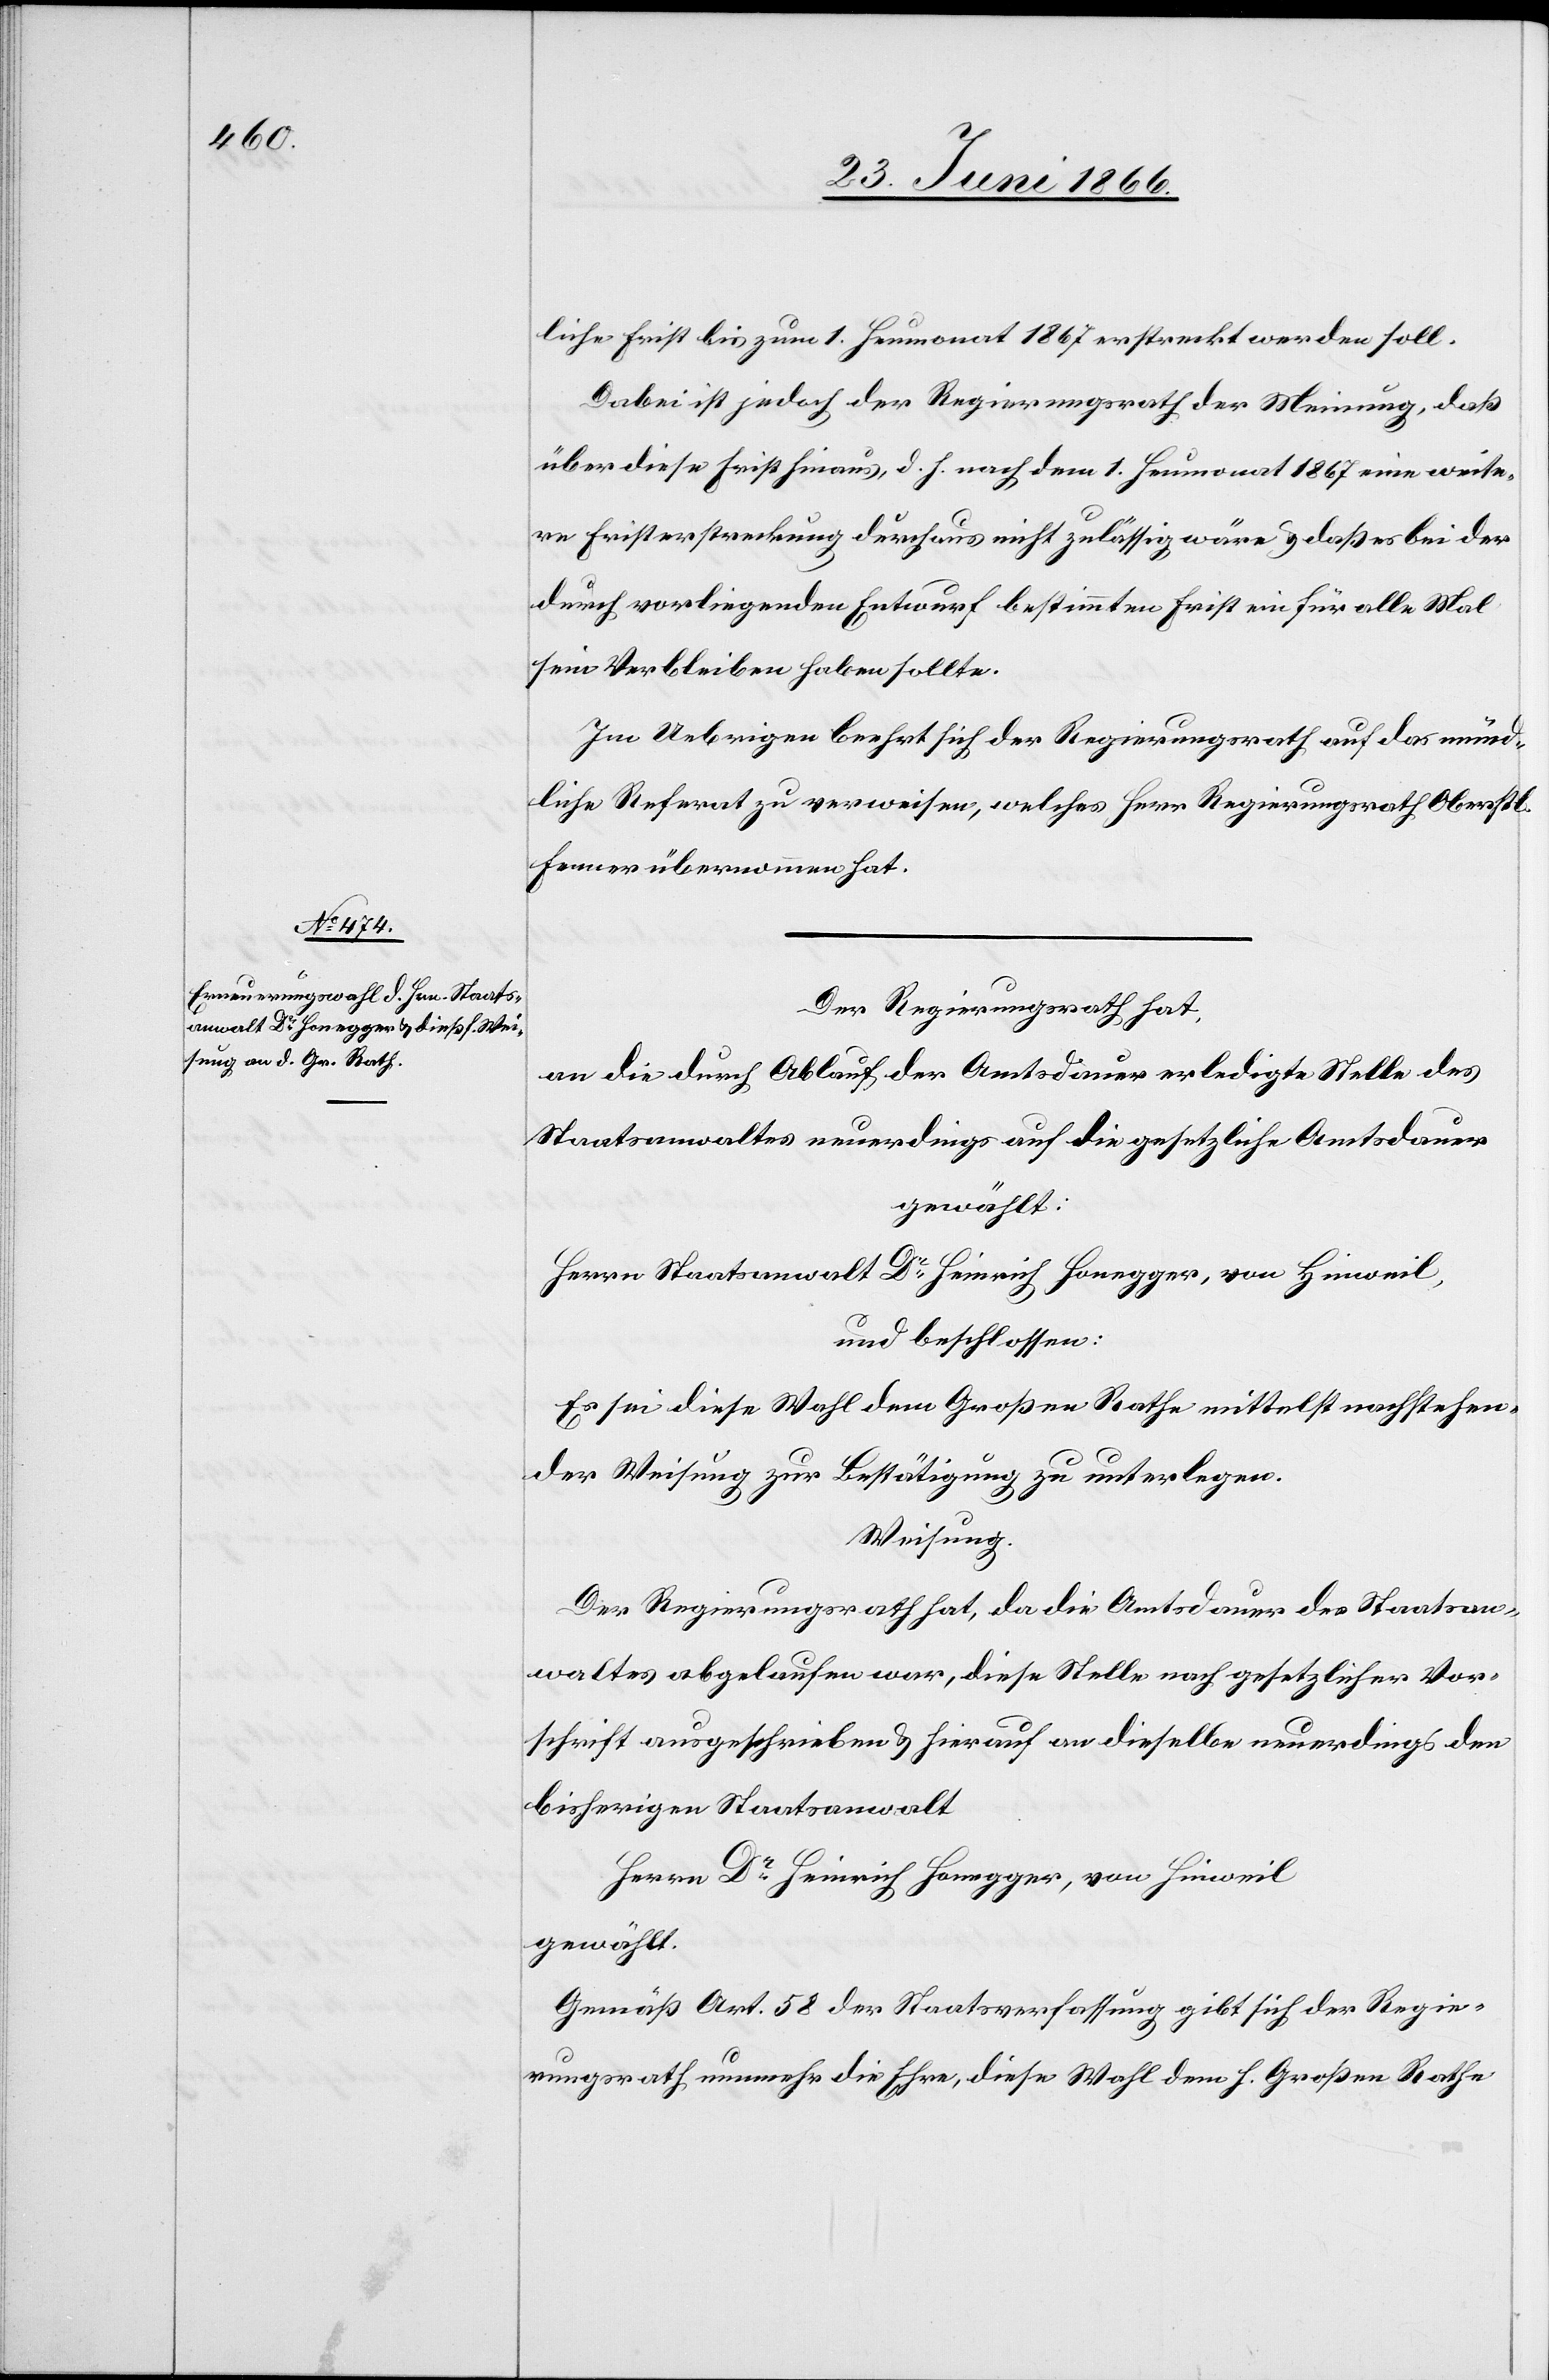
liche Frist bis zum 1. Heumonat 1867 erstreckt werden soll.
Dabei ist jedoch der Regierungsrath der Meinung, daß
über diese Frist hinaus, d. h. nach dem 1. Heumonat 1867 eine weite¬
re Fristerstreckung durchaus nicht zulässig wäre u. daß es bei der
durch vorliegenden Entwurf bestimmten Frist ein für alle Mal
sein Verbleiben haben sollte.
Im Uebrigen beehrt sich der Regierungsrath auf das münd¬
liche Referat zu verweisen, welches Herr Regierungsrath Oberstl.
Fenner übernommen hat.
Der Regierungsrath hat,
an die durch Ablauf der Amtsdauer erledigte Stelle des
Staatsanwaltes neuerdings auf die gesetzliche Amtsdauer
gewählt;
Herrn Staatsanwalt Dr. Heinrich Honegger, von Hinweil,
und beschlossen:
Es sei diese Wahl dem Großen Rathe mittelst nachstehen¬
der Weisung zur Bestätigung zu unterlegen.
Weisung.
Der Regierungsrath hat, da die Amtsdauer des Staatsan¬
waltes abgelaufen ist, diese Stelle nach gesetzlicher Vor¬
schrift ausgeschrieben u. hierauf an dieselbe neuerdings den
bisherigen Staatsanwalt
Herrn Dr. Heinrich Honegger, von Hinweil,
gewählt.
Gemäß Art. 58 der Staatsverfassung gibt sich der Regie¬
rungsrath nunmehr die Ehre, diese Wahl dem h. Großen Rathe